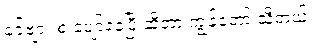
ခင်ဗျား စ ပျော်နေပြီ ဆိုတာ ကျွန်တော် သိတယ်။